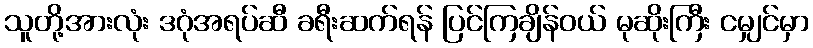
သူတို့အားလုံး ဒဂုံအရပ်ဆီ ခရီးဆက်ရန် ပြင်ကြချိန်ဝယ် မုဆိုးကြီး ငမျှင်မှာ